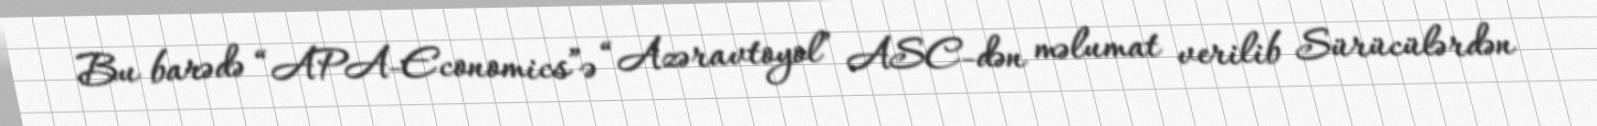
Bu barədə “APA-Economics”ə “Azəravtoyol” ASC-dən məlumat verilib Sürücülərdən